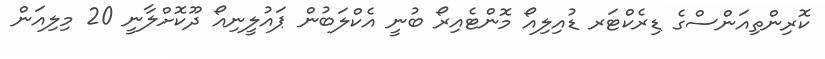
ކޮރިންތިއަންސްގެ ޑިރެކްޓަރ ޑުއިލިއޯ މޮންޓެއިރޯ ބުނީ އެކްލަބުން ޕައުލީނިއޯ ދޫކޮށްލާނީ 20 މިލިއަން